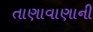
તાણાવાણાની